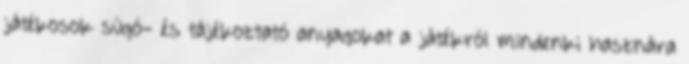
játékosok súgó- és tájékoztató anyagokat a játékról mindenki hasznára